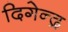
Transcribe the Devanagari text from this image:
दिगेन्द्र